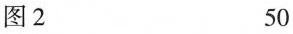
图 2 50